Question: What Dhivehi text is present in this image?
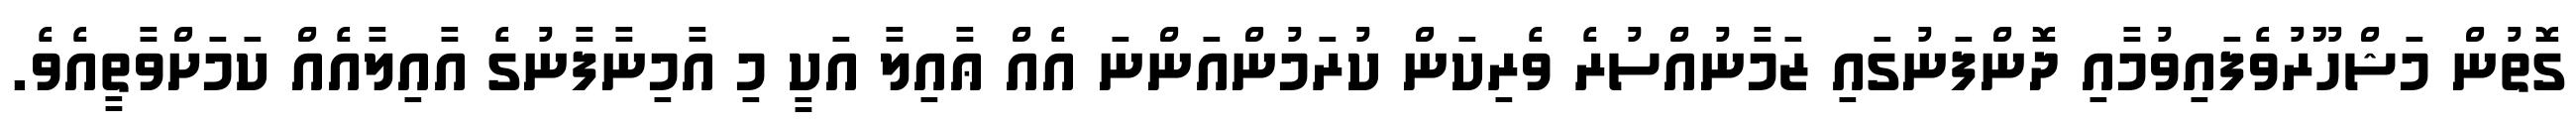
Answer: ގޮތުން މަޝްހޫރުވެފައިވުމާއި ދޮންފަނުގައި ޒަމާނުއްސުރެ ވެރިކަން ކުރަމުންއަންނަ އެއް ޢާއިލާ އަކީ މި އާމިނާފާނުގެ އާއިލާއެއް ކަމަށްވާތީއެވެ.